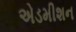
એડમીશન